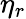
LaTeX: \eta_{r}